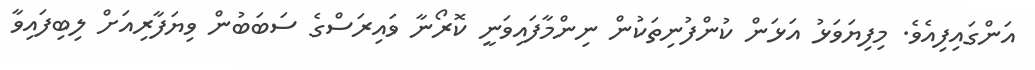
އަންގައިފިއެވެ. މިފިޔަވަޅު އަޅަން ކުންފުނިތަކުން ނިންމާފައިވަނީ ކޮރޯނާ ވައިރަސްގެ ސަބަބުން ވިޔަފާރިއަށް ލިބިފައިވާ